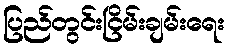
ပြည်တွင်းငြိမ်းချမ်းရေး